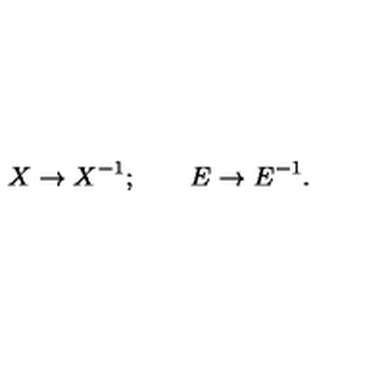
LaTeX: X \rightarrow X ^ { - 1 } ; \qquad E \rightarrow E ^ { - 1 } .